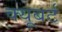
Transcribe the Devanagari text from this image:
क्यूबर्ट